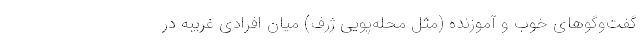
گفت‌وگوهای خوب و آموزنده (مثل محله‌پویی ژرف) میان افرادی غریبه در